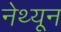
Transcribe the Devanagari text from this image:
नेथ्यून